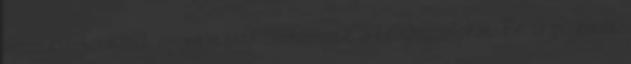
idozitett bombarol. nyomtatasra osztonozte a felhasznalokat. Be is pereltek